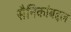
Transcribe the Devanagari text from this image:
सैनिकांबद्दल